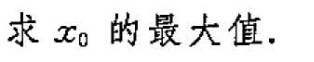
求x_{0}的最大值。